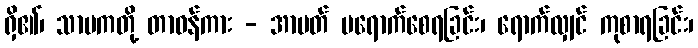
ရှိ၏၊ သာပကတို့ တာဝန်ကား - အာပတ် မရောက်စေရခြင်း၊ ရောက်လျှင် ကုစာရခြင်း၊